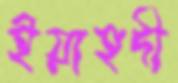
ইয়াহদী